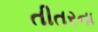
તીતરના